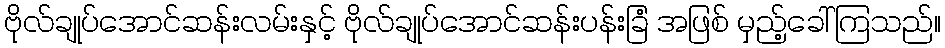
ဗိုလ်ချုပ်အောင်ဆန်းလမ်းနှင့် ဗိုလ်ချုပ်အောင်ဆန်းပန်းခြံ အဖြစ် မှည့်ခေါ်ကြသည်။